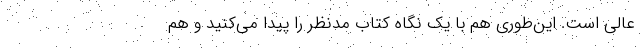
عالی است. این‌طوری هم با یک نگاه کتاب مدنظر را پیدا می‌کنید و هم